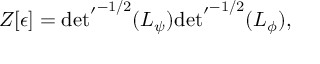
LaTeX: Z [ \epsilon ] = { { \operatorname * { d e t } } ^ { \prime } } ^ { - 1 / 2 } ( L _ { \psi } ) { { \operatorname * { d e t } } ^ { \prime } } ^ { - 1 / 2 } ( L _ { \phi } ) ,